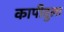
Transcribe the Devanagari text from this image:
कापीतुला